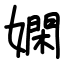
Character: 嫻